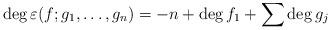
LaTeX: \begin{align*}\deg \varepsilon(f;g_1,\dots,g_n)=-n+\deg f_1+\sum\deg g_j\end{align*}